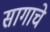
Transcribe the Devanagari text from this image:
सागाचे